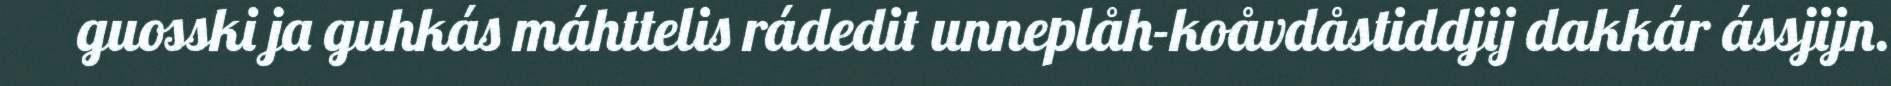
guosski ja guhkás máhttelis rádedit unneplåh-koåvdåstiddjij dakkár ássjijn.